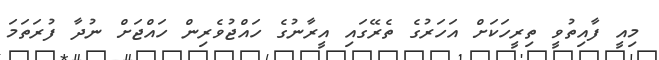
މިއީ ފާއިތުވީ ތިރީހަކަށް އަހަރުގެ ތެރޭގައި އީރާނުގެ ހައްޖުވެރިން ހައްޖަށް ނުދާ ފުރަތަމަ